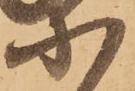
に